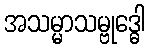
အသမ္မာသမ္ဗုဒ္ဓေါ